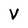
Character: V